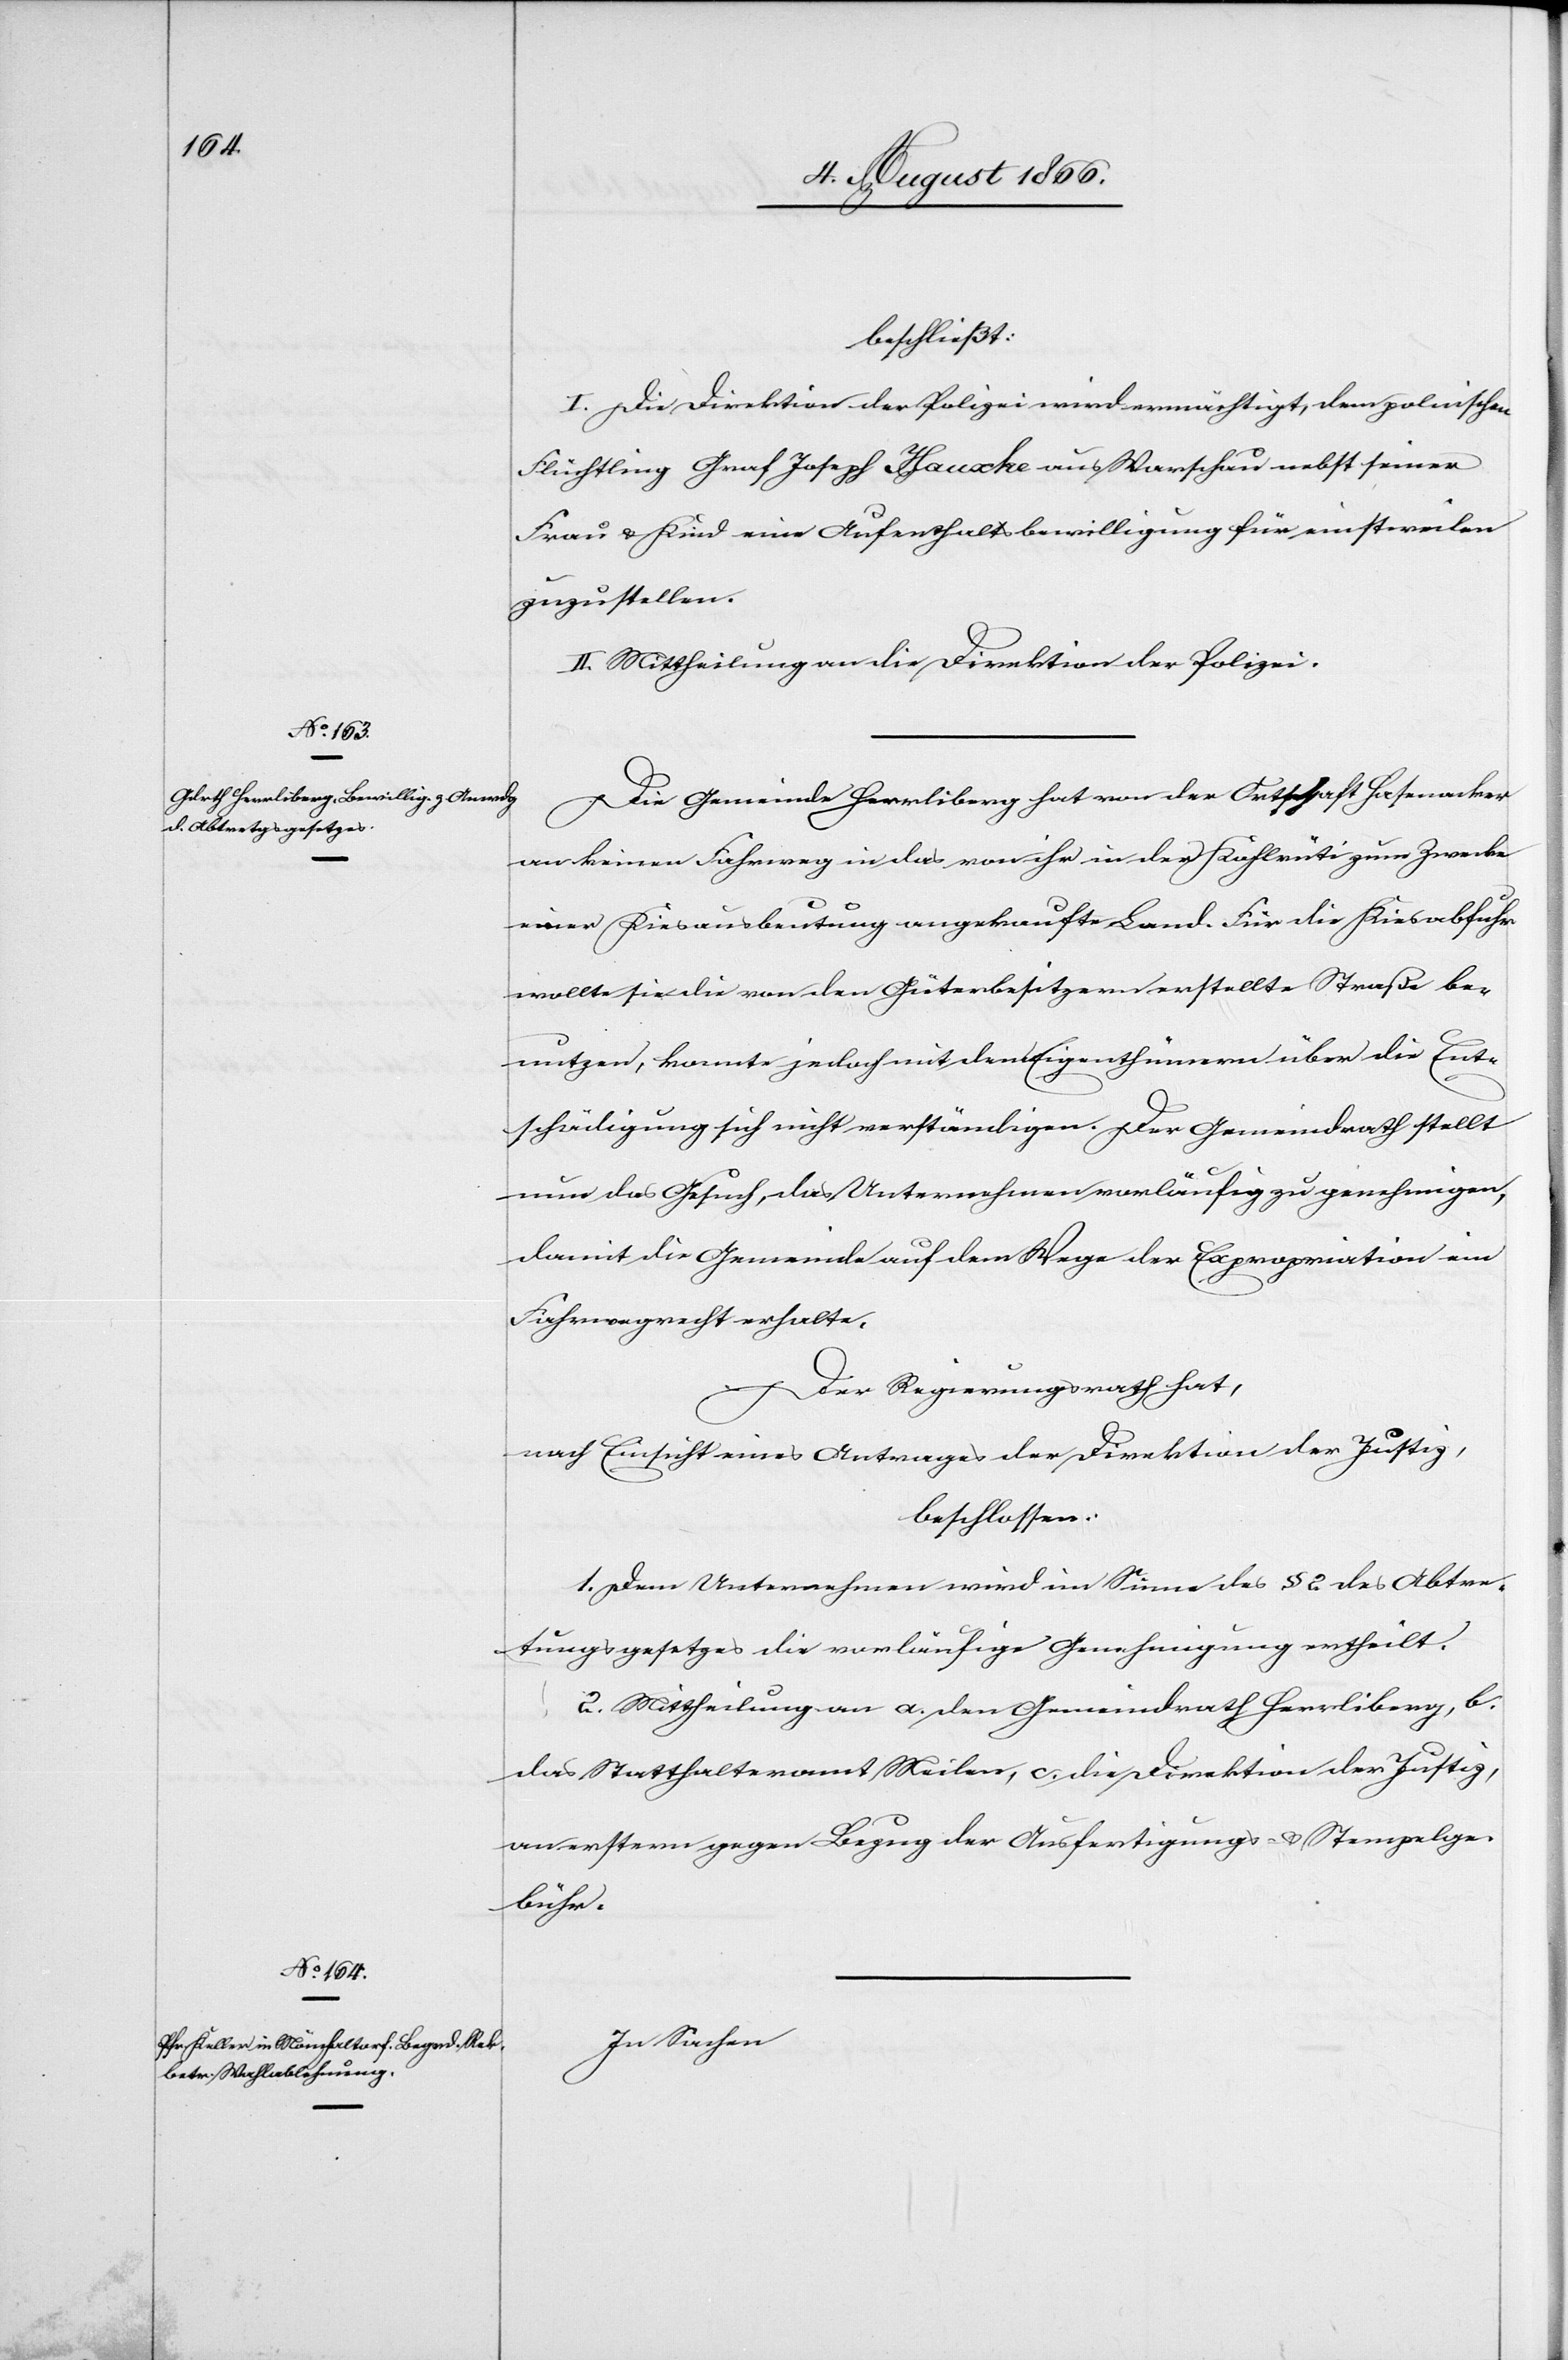
beschließt:
I. Die Direktion der Polizei wird ermächtigt, dem polnischen
Flüchtling Graf Joseph Hauxke aus Warschau nebst seiner
Frau u. Kind eine Aufenthaltsbewilligung für einstweilen
zuzustellen.
II. Mittheilung an die Direktion der Polizei.
Die Gemeinde Herrliberg hat von der Ortschaft Hasenacker
an keinen Fahrweg in das von ihr in der Kahlrüti zum Zwecke
einer Kiesausbeutung angekaufte Land. Für die Kiesabfuhr
wollte sie die von den Güterbesitzern erststellte Straße be¬
nutzen, konnte jedoch mit den Eigenthümern über die Ent¬
schädigung sich nicht verständigen. Der Gemeindrath stellt
nun das Gesuch, das Unternehmen vorläufig zu genehmigen,
damit die Gemeinde auf dem Wege der Expropriation ein
Fahrwegrecht erhalte.
Der Regierungsrath hat,
nach Einsicht eines Antrages der Direktion der Justiz,
beschlossen:
1. Dem Unternehmen wird im Sinne des § 2 des Abtre¬
tungsgesetzes die vorläufige Genehmigung ertheilt.
2. Mittheilung an a. den Gemeindrath Herrliberg, b.
das Statthalteramt Meilen, c. die Direktion der Justiz,
an erstern gegen Bezug der Ausfertigungs- u. Stempelge¬
bühr.
In Sachen